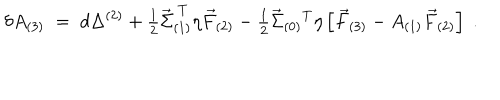
LaTeX: \delta A _ { ( 3 ) } \; = \; d \Delta ^ { ( 2 ) } + { \textstyle \frac { 1 } { 2 } } \vec { \Sigma } _ { ( 1 ) } ^ { \ T } \eta \vec { F } _ { ( 2 ) } - { \textstyle \frac { 1 } { 2 } } \vec { \Sigma } _ { ( 0 ) } { } ^ { T } \eta \left[ \vec { F } _ { ( 3 ) } - A _ { ( 1 ) } \vec { F } _ { ( 2 ) } \right] \; .